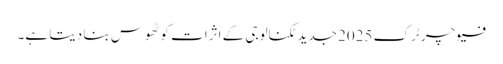
فیوچر ٹرک 2025 جدید ٹکنالوجی کے اثرات کو ٹھوس بنا دیتا ہے۔